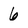
Character: 6